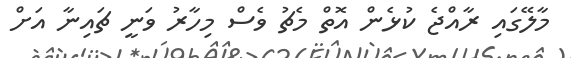
މާލޭގައި ރާއްޖެ ކުޅެން އޮތް މެޗު ވެސް މިހާރު ވަނީ ޗައިނާ އަށް